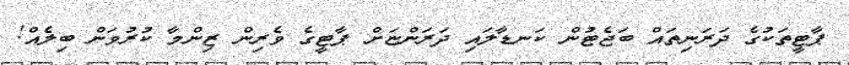
ޕާޓީތަކުގެ ދަރަނިތައް ބަޖެޓުން ކަނޑާލައި ދަރަންޏަށް ޕާޓީގެ ވެރިން ޒިންމާ ކުރުވަން ބިލެއް!